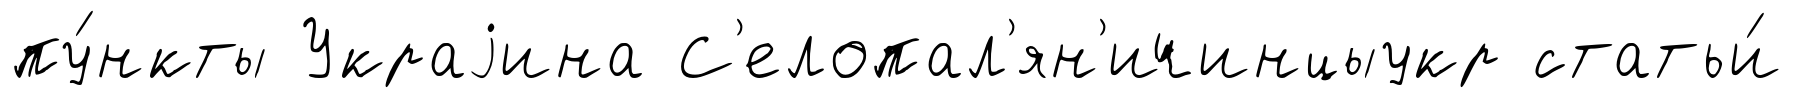
пу́нкты Украjина С'елопал'ян'ичинцыукр статьи́